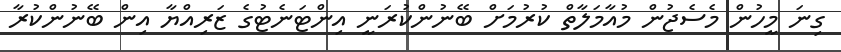
ގިނަ މީހުން މެސެޖުން މުއާމަލާތް ކުރުމަށް ބޭނުންކުރަނީ އިންޓަނެޓުގެ ޒަރިއްޔާ އިން ބޭނުންކުރާ